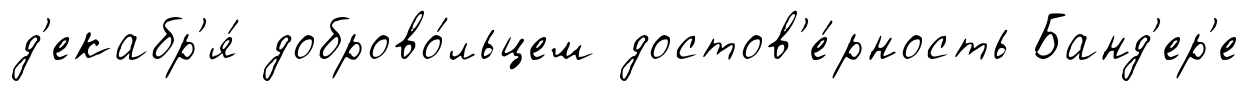
д'екабр'я́ доброво́льцем достов'е́рность Банд'ер'е